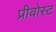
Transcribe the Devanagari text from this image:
प्रीवोस्ट